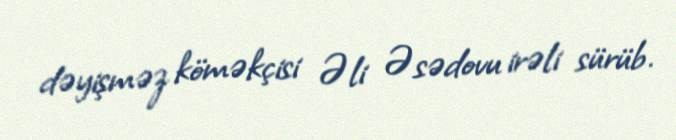
dəyişməz köməkçisi Əli Əsədovu irəli sürüb.